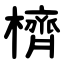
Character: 櫅